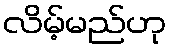
လိမ့်မည်ဟု